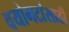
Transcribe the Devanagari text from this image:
वयोगटांसाठी